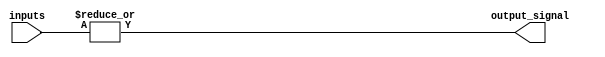
module OR_gate(
    input [15:0] inputs,
    output output_signal
);

assign output_signal = |inputs;

endmodule